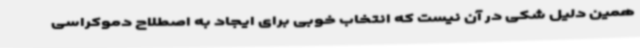
همین دلیل شکی در آن نیست که انتخاب خوبی برای ایجاد به اصطلاح دموکراسی